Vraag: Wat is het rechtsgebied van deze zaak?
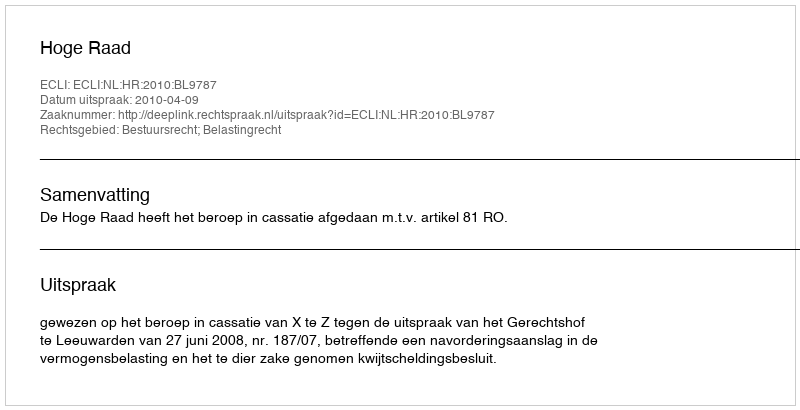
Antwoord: Bestuursrecht; Belastingrecht